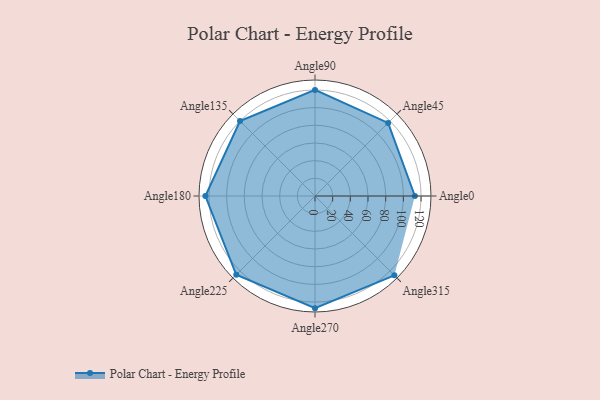
{"axis": {"x": "Angle", "y": "Radius"}, "legend": [""], "data": [{"x": "Angle0", "y": 113.0, "type": ""}, {"x": "Angle45", "y": 117.0, "type": ""}, {"x": "Angle90", "y": 120.0, "type": ""}, {"x": "Angle135", "y": 120.0, "type": ""}, {"x": "Angle180", "y": 124.0, "type": ""}, {"x": "Angle225", "y": 126.0, "type": ""}, {"x": "Angle270", "y": 127.0, "type": ""}, {"x": "Angle315", "y": 127.0, "type": ""}]}